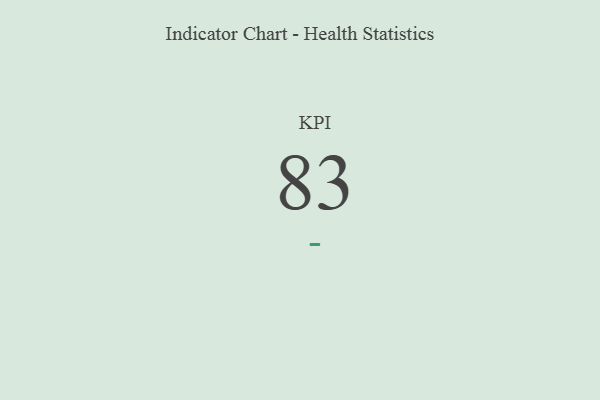
{"axis": {"x": "KPI", "y": "Value"}, "legend": [""], "data": [{"x": "KPI", "y": 83, "type": ""}]}